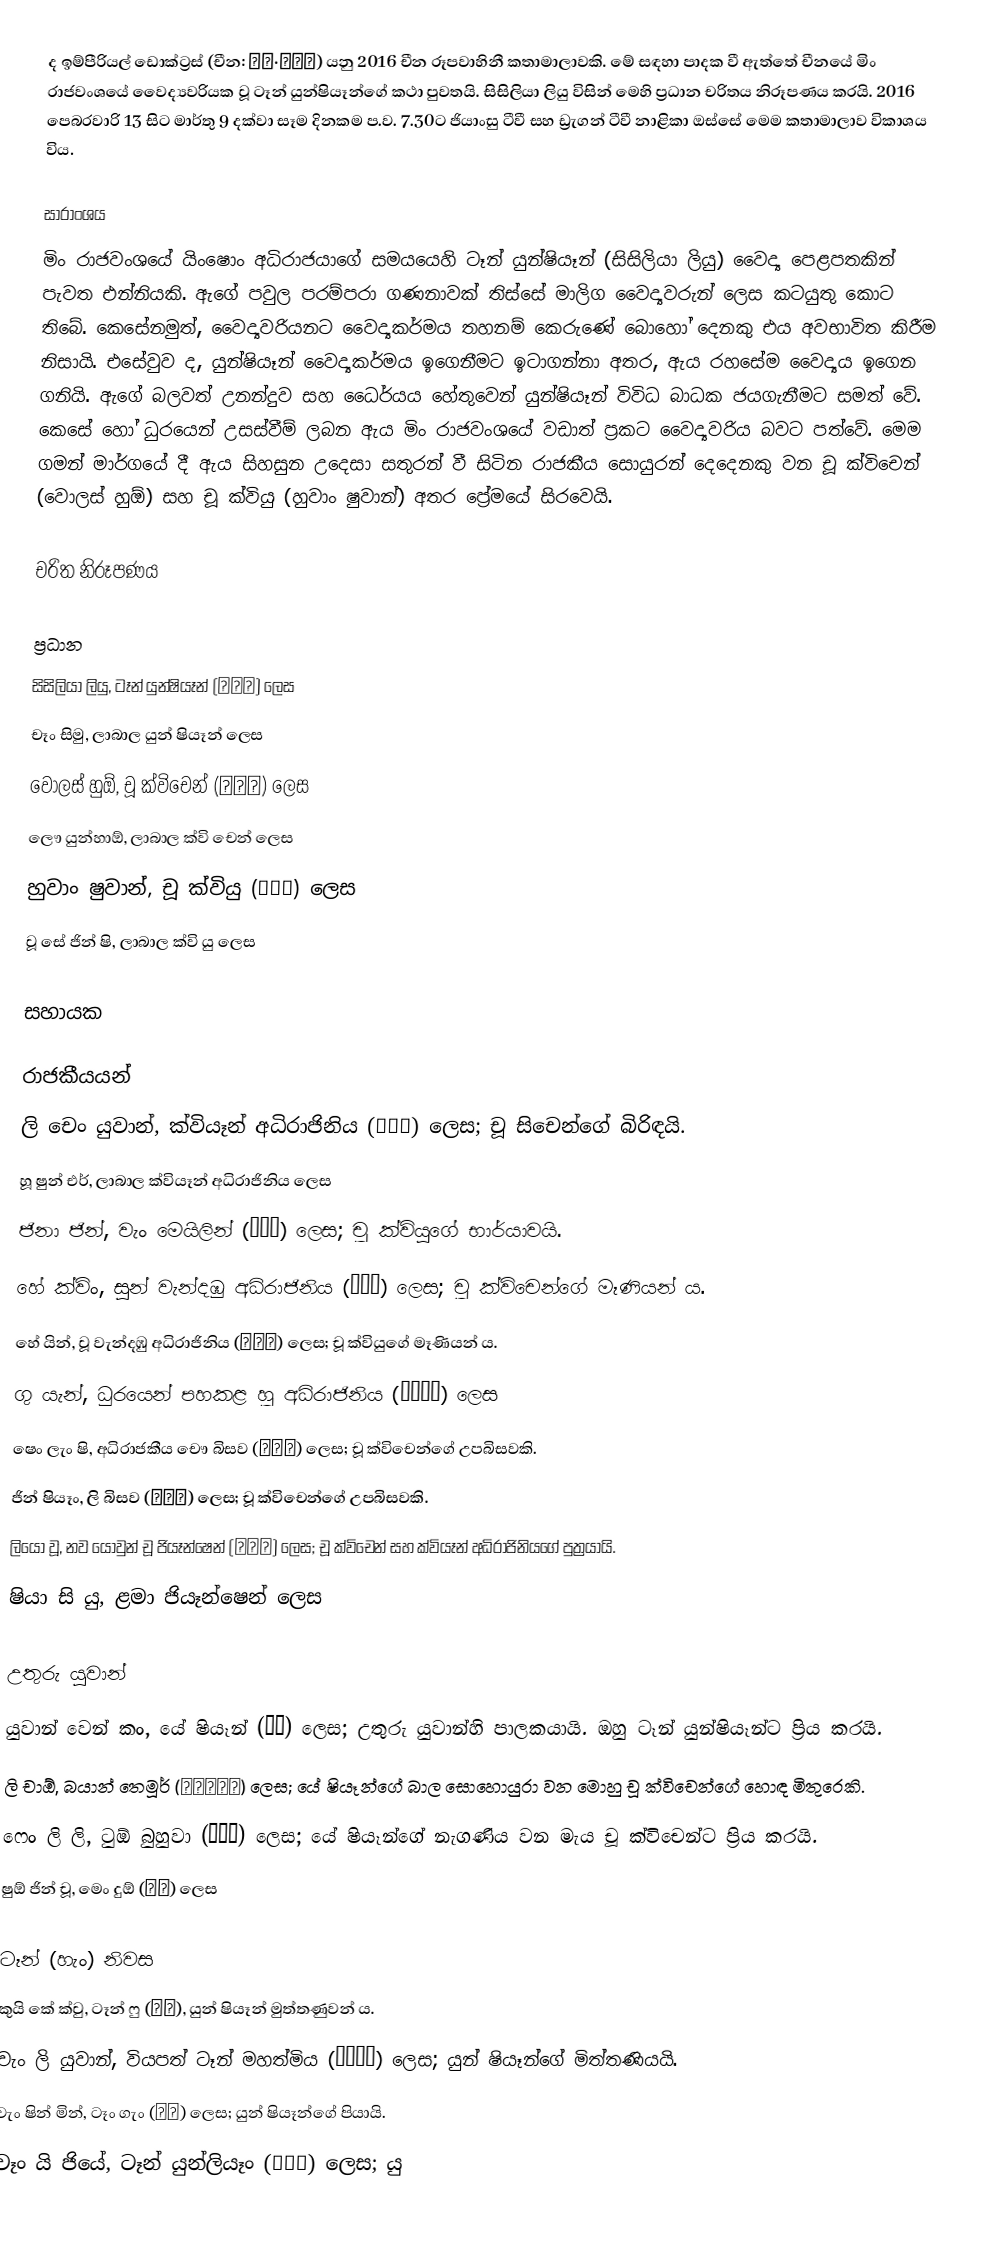
ද ඉම්පීරියල් ඩොක්ට්‍රස් (චීන: 女医·明妃传) යනු 2016 චීන රූපවාහිනී කතාමාලාවකි. මේ සඳහා පාදක වී ඇත්තේ චීනයේ මිං රාජවංශයේ වෛද්‍යවරියක වූ ටෑන් යුන්ෂියෑන්ගේ කථා පුවතයි. සිසිලියා ලියු විසින් මෙහි ප්‍රධාන චරිතය නිරූපණය කරයි. 2016 පෙබරවාරි 13 සිට මාර්තු 9 දක්වා සෑම දිනකම ප.ව. 7.30ට ජියාංසු ටීවී සහ ඩ්‍රැගන් ටීවී නාළිකා ඔස්සේ මෙම කතාමාලාව විකාශය විය.

සාරාංශය
මිං රාජවංශයේ යිංෂොං අධිරාජයාගේ සමයයෙහි ටෑන් යුන්ෂියෑන් (සිසිලියා ලියු) වෛද්‍ය පෙළපතකින් පැවත එන්නියකි. ඇගේ පවුල පරම්පරා ගණනාවක් තිස්සේ මාලිග වෛද්‍යවරුන් ලෙස කටයුතු කොට තිබේ. කෙසේනමුත්, වෛද්‍යවරියනට වෛද්‍යකර්මය තහනම් කෙරුණේ බොහෝ දෙනකු එය අවභාවිත කිරීම නිසායි. එසේවුව ද, යුන්ෂියෑන් වෛද්‍යකර්මය ඉගෙනීමට ඉටාගන්නා අතර, ඇය ර‍හසේම වෛද්‍යය ඉගෙන ගනියි. ඇගේ බලවත් උනන්දුව සහ ධෛර්යය හේතුවෙන් යුන්ෂියෑන් විවිධ බාධක ජයගැනීමට සමත් වේ. කෙසේ හෝ ධුරයෙන් උසස්වීම් ලබන ඇය මිං රාජවංශයේ වඩාත් ප්‍රකට වෛද්‍යවරිය බවට පත්වේ. මෙම ගමන් මාර්ගයේ දී ඇය සිහසුන උදෙසා සතුරන් වී සිටින රාජකීය සොයුරන් දෙදෙනකු වන චූ ක්විචෙන් (වොලස් හුඕ) සහ චූ ක්වියු (හුවාං ෂුවාන්) අතර ප්‍රේමයේ සිරවෙයි.

චරිත නිරූපණය

ප්‍රධාන
සිසිලියා ලියු, ටෑන් යුන්ෂියෑන් (譚允賢) ලෙස
චෑං සිමු, ලාබාල යුන් ෂියෑන් ලෙස
වොලස් හුඕ, චූ ක්විචෙන් (朱祁鎮) ලෙස
ලෞ යුන්හාඕ, ලාබාල ක්වි චෙන් ලෙස
හුවාං ෂුවාන්, චූ ක්වියු (朱祁鈺) ලෙස
වූ සේ ජින් ෂි, ලාබාල ක්වි යු ලෙස

සහායක

රාජකීයයන්
ලි චෙං යුවාන්, ක්වියෑන් අධිරාජිනිය (錢皇后) ලෙස; චූ සිචෙන්ගේ බිරිඳයි.
හූ ෂුන් එර්, ලාබාල ක්වියෑන් අධිරාජිනිය ලෙස
ජිනා ජින්, වැං මෙයිලින් (汪美麟) ලෙස; චූ ක්වියුගේ භාර්යාවයි.
හේ ක්විං, සුන් වැන්දඹු අධිරාජිනිය (孫太后) ලෙස; චූ ක්විචෙන්ගේ මෑණියන් ය.
හේ යින්, වූ වැන්දඹු අධිරාජිනිය (吳太后) ලෙස; චූ ක්වියුගේ මෑණියන් ය.
ගු යැන්, ධුරයෙන් පහකළ හූ අධිරාජිනිය ‍(靜慈師太) ලෙස
ෂෙං ලැං ෂි, අධිරාජකීය චෞ බිසව (周貴妃) ලෙස; චූ ක්විචෙන්ගේ උපබිසවකි.
ජින් ෂියෑං, ලි බිසව (權麗妃) ලෙස; චූ ක්විචෙන්ගේ උපබිසවකි.
ලියෝ වූ, නව යොවුන් චූ ජියෑන්ෂෙන් (朱見深) ලෙස; චූ ක්විචෙන් සහ ක්වියෑන් අධිරාජිනියගේ පුත්‍රයායි.
ෂියා සි යු, ළමා ජියෑන්ෂෙන් ලෙස

උතුරු යුවාන්
යුවාන් වෙන් කං, යේ ෂියෑන් (也先) ලෙස; උතුරු යුවාන්හි පාලකයායි. ඔහු ටෑන් යුන්ෂියෑන්ට ප්‍රිය කරයි.
ලි චාඕ, බයාන් තෙමූර් (伯顏帖木兒) ලෙස; යේ ෂියෑන්ගේ බාල සොහොයුරා වන මොහු චූ ක්විචෙන්ගේ හොඳ මිතුරෙකි.
ෆෙං ලි ලි, ටුඕ බුහුවා (脫不花) ලෙස; යේ ෂියෑන්ගේ නැගණිය වන මැය චූ ක්විචෙන්ට ප්‍රිය කරයි.
ෂුඕ ජින් චූ, මෙං දුඕ (蒙多) ලෙස

ටෑන් (හැං) නිවස
කුයි කේ ක්වු, ටෑන් ෆු (譚復), යුන් ෂියෑන් මුත්තණුවන් ය.
වැං ලි යුවාන්, වියපත් ටෑන් මහත්මිය (譚老夫人) ලෙස; යුන් ෂියෑන්ගේ මිත්තණියයි.
වැං ෂින් මින්, ටෑං ගැං (譚綱) ලෙස; යුන් ෂියෑන්ගේ පියායි.
චෑං යි ජියේ, ටෑන් යුන්ලියෑං (譚允良) ලෙස; යු